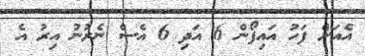
އެއަށް ފަހު އައިފޯން 6 އަދި 6 އެސް ނެރުނު އިރު އެ